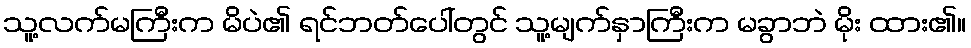
သူ့လက်မကြီးက မိပဲ၏ ရင်ဘတ်ပေါ်တွင် သူ့မျက်နှာကြီးက မခွာဘဲ မိုး ထား၏။